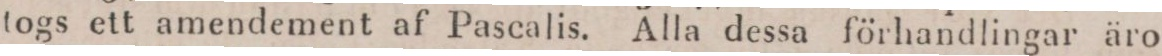
togs ett amendement af Pascalis. Alla dessa förhandlingar äro